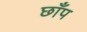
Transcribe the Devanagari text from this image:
छाँप